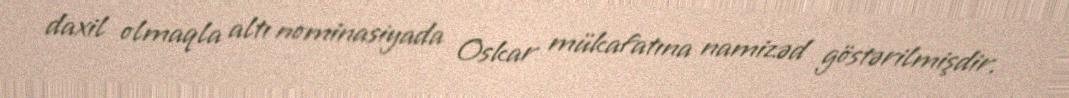
daxil olmaqla altı nominasiyada Oskar mükafatına namizəd göstərilmişdir.